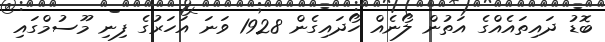
ބޮޑު ދައިތައެއްގެ އަތުން ލޯނެއް ހޯދައިގެން 1928 ވަނަ އަހަރުގެ ފިނި މޫސުމްގައި